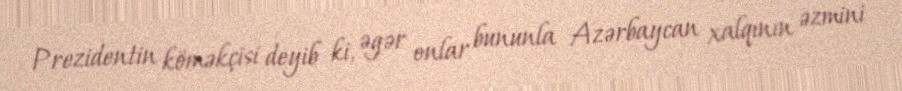
Prezidentin köməkçisi deyib ki, əgər onlar bununla Azərbaycan xalqının əzmini